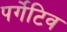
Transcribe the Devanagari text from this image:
पर्गेटिव